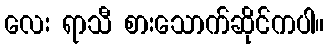
လေး ရာသီ စားသောက်ဆိုင်ကပါ။